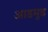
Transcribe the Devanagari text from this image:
आडमुड